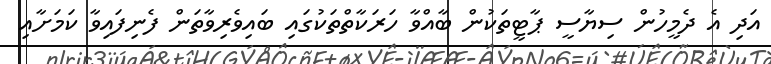
އަދި އެ ދެމީހުން ސިޔާސީ ޕާޓީތަކުން ބާއްވާ ހަރަކާތްތަކުގައި ބައިވެރިވާތަން ފެނިފައިވާ ކަމަށާއި